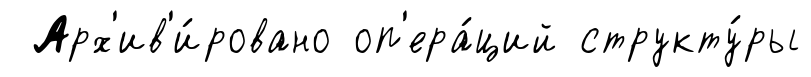
Арх'ив'и́ровано оп'ера́ций структу́ры